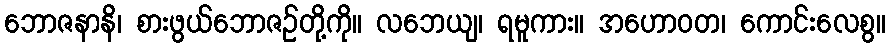
ဘောဇနာနိ၊ စားဖွယ်ဘောဇဉ်တို့ကို။ လဘေယျ၊ ရမူကား။ အဟောဝတ၊ ကောင်းလေစွ။